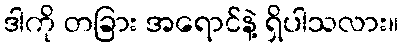
ဒါကို တခြား အရောင်နဲ့ ရှိပါသလား။